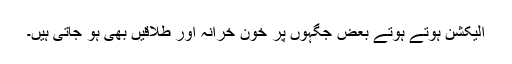
الیکشن ہوتے ہوتے بعض جگہوں پر خون خرانہ اور طلاقیں بھی ہو جاتی ہیں۔